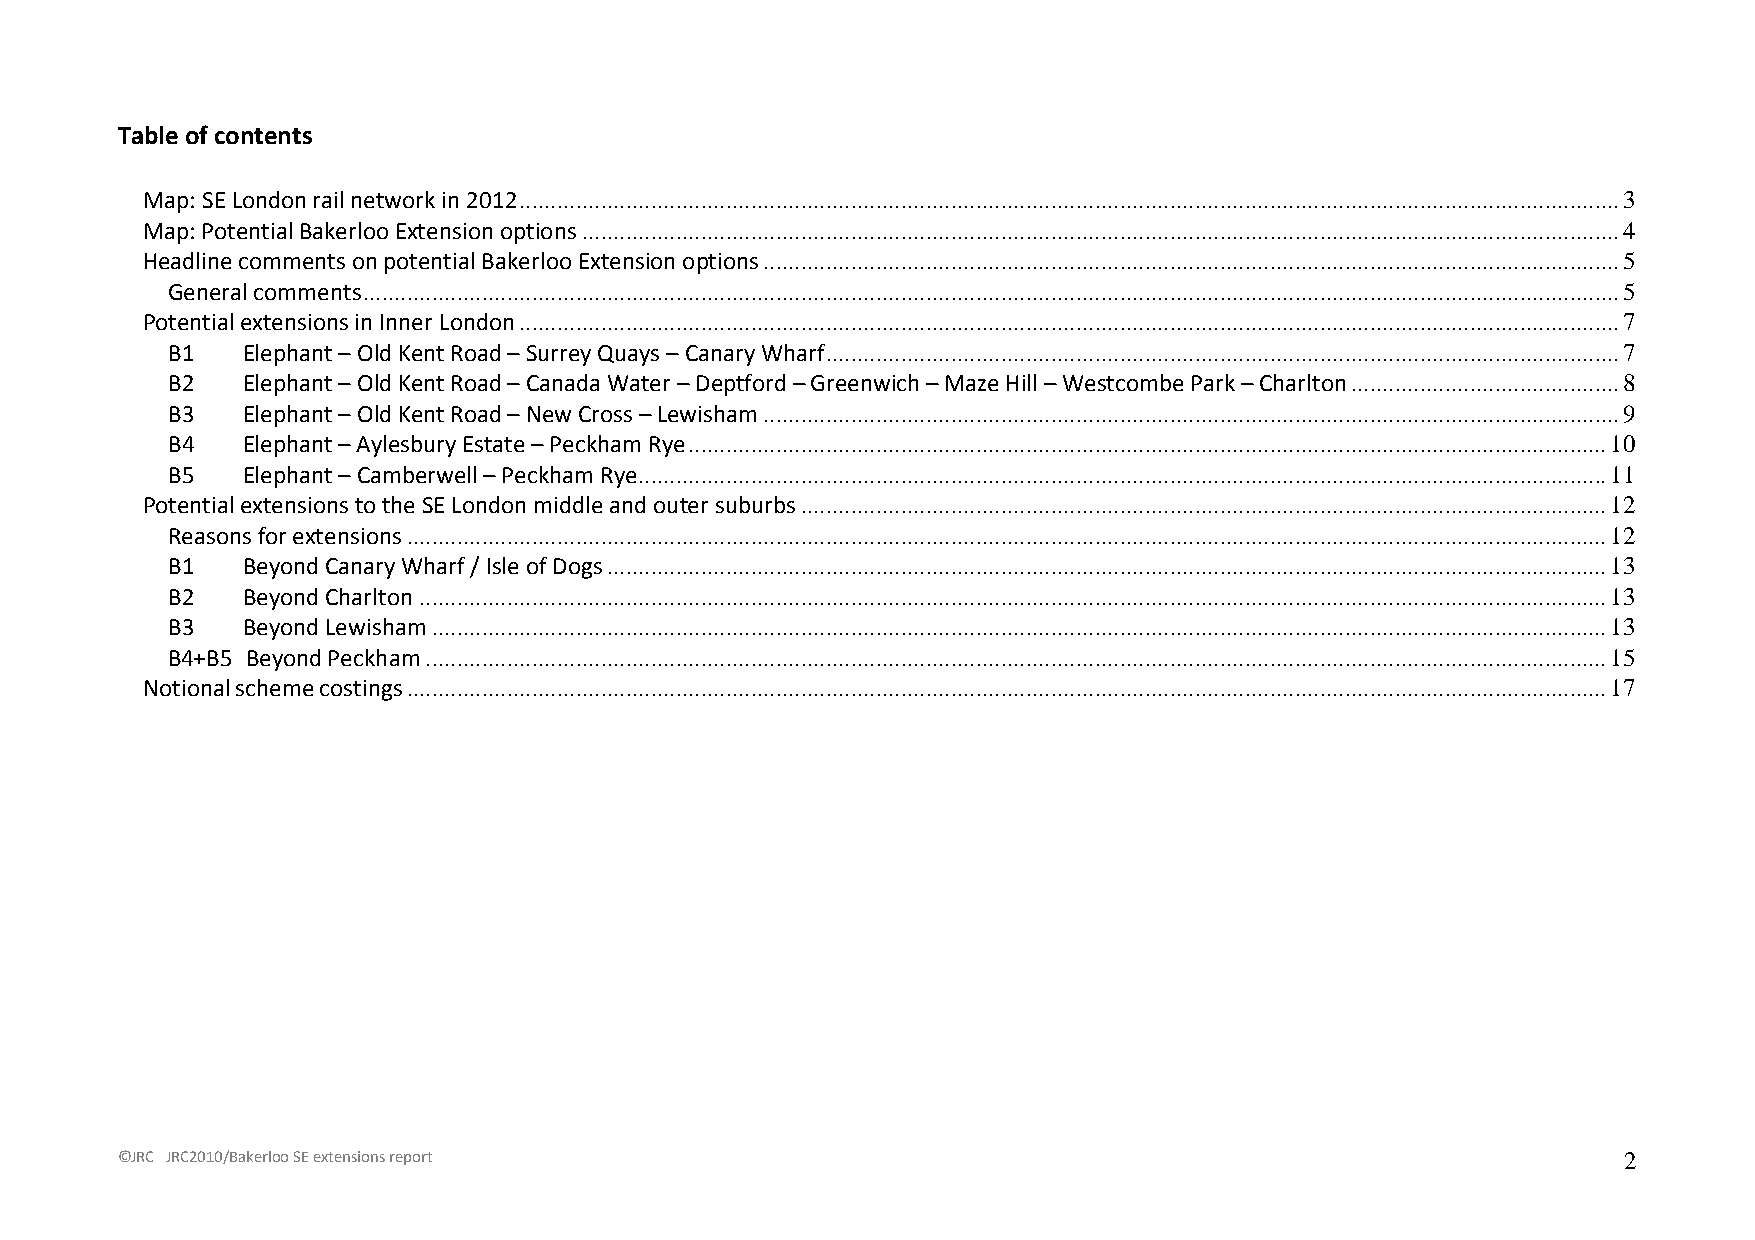
Table of contents
 Map: SE London rail network in 2012................................................................................................................................................................................3
 Map: Potential Bakerloo Extension options......................................................................................................................................................................4
 Headline comments on potential Bakerloo Extension options.........................................................................................................................................5
 General comments.........................................................................................................................................................................................................5
 Potential extensions in Inner London................................................................................................................................................................................7
 B1   Elephant – Old Kent Road – Surrey Quays – Canary Wharf...............................................................................................................................7
 B2   Elephant – Old Kent Road – Canada Water – Deptford – Greenwich – Maze Hill – Westcombe Park – Charlton...........................................8
 B3   Elephant – Old Kent Road – New Cross – Lewisham.........................................................................................................................................9
 B4   Elephant – Aylesbury Estate – Peckham Rye...................................................................................................................................................10
 B5   Elephant – Camberwell – Peckham Rye...........................................................................................................................................................11
 Potential extensions to the SE London middle and outer suburbs.................................................................................................................................12
 Reasons for extensions................................................................................................................................................................................................12
 B1   Beyond Canary Wharf / Isle of Dogs................................................................................................................................................................13
 B2   Beyond Charlton..............................................................................................................................................................................................13
 B3   Beyond Lewisham............................................................................................................................................................................................13
 B4+B5 Beyond Peckham.............................................................................................................................................................................................15
 Notional scheme costings................................................................................................................................................................................................17
 ©JRC JRC2010/Bakerloo SE extensions report                                                         2